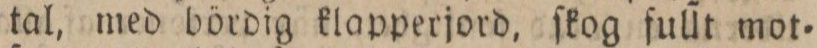
tal, med bördig klapperjord, ſkog fullt mot=